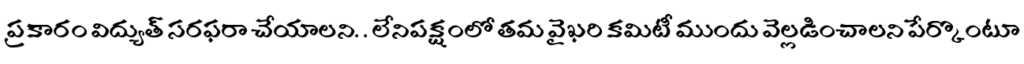
ప్రకారం విద్యుత్ సరఫరా చేయాలని. . లేనిపక్షంలో తమ వైఖరి కమిటీ ముందు వెల్లడించాలని పేర్కొంటూ